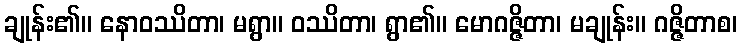
ချုန်း၏။ နောဝဿိတာ၊ မရွာ။ ဝဿိတာ၊ ရွာ၏။ မောဂဇ္ဇိတာ၊ မချုန်း။ ဂဇ္ဇိတာစ၊